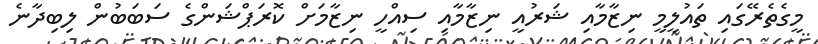
މީގެތެރޭގައި ތައުލީމީ ނިޒާމާއި ޝަރުއީ ނިޒާމާއި ސިއްހީ ނިޒާމަށް ކޮރަޕްޝަންގެ ސަބަބުން ލިބިދާނެ